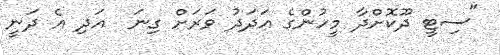
"ސިޓީ ދޫކޮށްދާ މީހުންގެ އަދަދު ވަރަށް ގިނަ  އަދި އެ ދަނީ